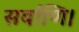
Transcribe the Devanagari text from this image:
सर्वाणि।